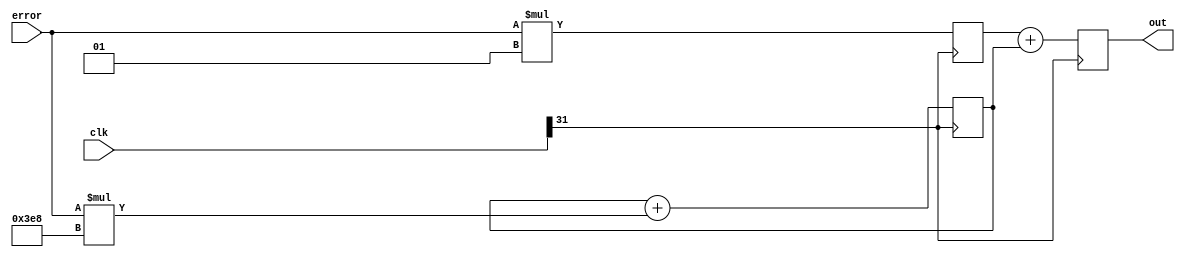
module pi_controller1(
    input [31:0] clk,
    input signed [31:0] error,
    output reg signed [31:0] out
);

    parameter Kp = 1;
    parameter Ki = 1000;

    reg signed [31:0] integral = 0;
    reg signed [31:0] proportional = 0;

    always @(posedge clk[31]) begin
        proportional <= error * Kp;
        integral <= integral + error * Ki;
        out <= proportional + integral;
    end

endmodule